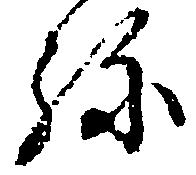
弥